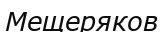
Мещеряков